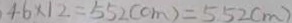
4 6 \times 1 2 = 5 5 2 ( c m ) = 5 5 2 ( m )